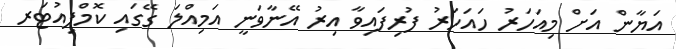
އަޔާން އަށް މިއަހަރު ހައަހަރު ފުރިފައިވާ އިރު އޭނާވަނީ އަމިއްލަ ގޭގައި ކޮމްޕިއުޓަރ